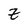
Character: Z